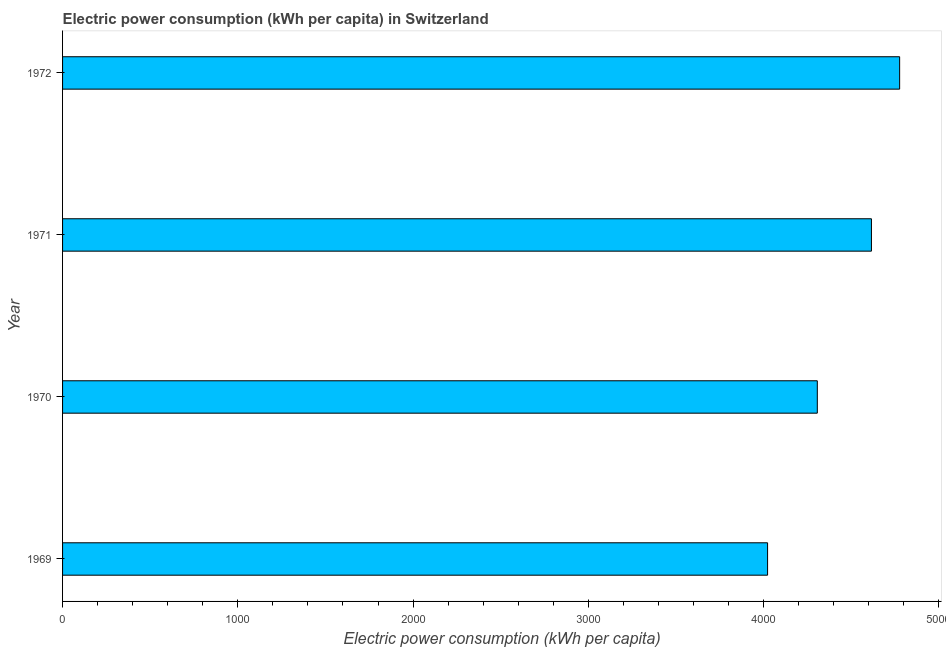
| Year | Electric power consumption |
 | --- | --- |
 | 1969 | 4.02e+03 |
 | 1970 | 4.31e+03 |
 | 1971 | 4.62e+03 |
 | 1972 | 4.78e+03 |